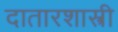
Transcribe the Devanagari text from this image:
दातारशास्त्री